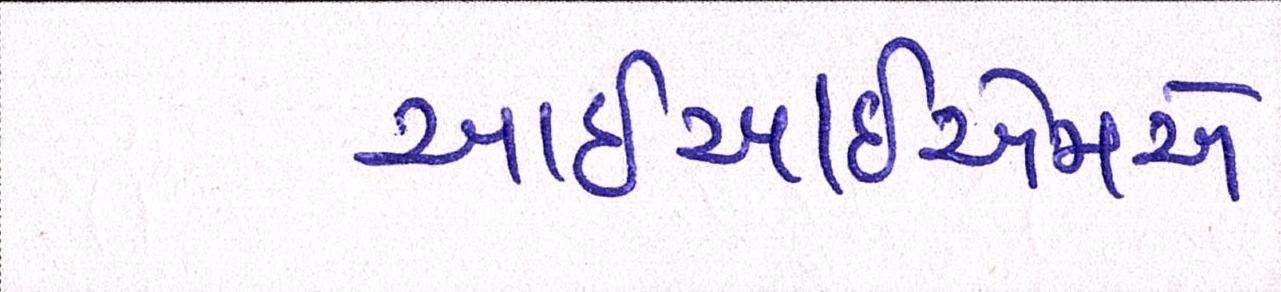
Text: આઇઆઇએમ-એ